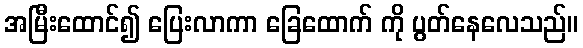
အမြီးထောင်၍ ပြေးလာကာ ခြေထောက် ကို ပွတ်နေလေသည်။